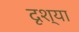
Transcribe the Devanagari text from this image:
दृश्या